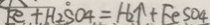
F e + H _ { 2 } S O 4 = H _ { 2 } \uparrow + F e S O 4